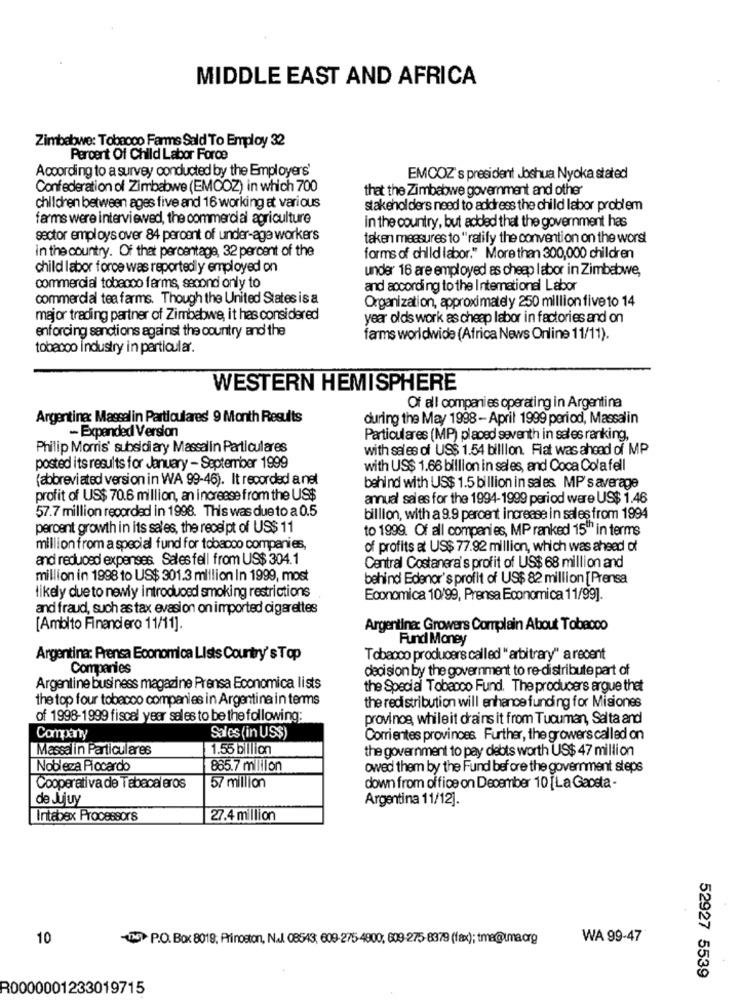
MIDDLE EAST AND AFRICA
Zimbabwe: Tobacco Farms Sald To Employ 32
Percent Of Child Labor Force
According to a survey conducted by the Employers'
EMCOZ's president Joshua Nyoka stated
Confederation of Zimbabwe (EMOOZ) in which 700
that the Zimbabwe government and other
children between ages five and 16 working at various
stakehol ders need to address the child labor problem
farms were interviewed, the commercial agriculture
in the country, but added that the government has
sector employs over 84 percent of under-age workers
taken measures to "ratify the convention on the worst
in the country. Of that percentage, 32 percent of the
forms of child labor." More than 300,000 children
child labor force was reportedly employed on
under 16 are employed as cheap labor in Zimbabwe,
commercial tobeooo farms, second only to
and according to the Intemationel Labor
commercial tea farms. Though the United States is a
Organization, approximately 250 million fiveto 14
major trading partner of Zimbabwe, it has considered
year olds work as cheap labor in factories and on
enforcing sanctions against the country and the
farms worldwide (Africa News Online 11/11).
tobacco Industry in particular.
WESTERN HEMISPHERE
Of all companies operating in Argentina
Argentine: Massalin Particulares 9 Month Results
during the May 1998- April 1999 period, Massalin
- Expanded Version
Particulares (MP) placed seventh in sales ranking,
Philip Morris' subsidi ary Massalin Particulares
with sales of US$ 1.54 billion. Flat was ahead of MP
posted its results for January - September 1999
with US$ 1.66 billion in sales, and Coca Colafell
(abbreviated version in WA 99-46). It recorded a net
behind with US$ 1.5 billion in sales. MP's average
profit of US$ 70.6 million, an increase from the US$
annual sales for the 1994-1999 period were US$ 1.46
57.7 million recorded in 1998. This was due to a 0.5
billion, with a 9.9 percent increase in sales from 1994
percent growth in its sales, the receipt of US$ 11
to 1999. Of all companies, MP ranked 15" in terms
million from a special fund for tobacco companies,
of profits at US$ 77.92 million, which was ahead of
and reduced expenses Sales fell from US$ 304.1
Central Costanera's profit of US$ 68 million and
million in 1998 to US$ 301.3 million In 1999, most
behind Edenor's profit of US$ 82 million [Prensa
likely due to newly introduced smoking restrictions
Economica 10/99, Prensa Economica 11/99].
and fraud, such as tax evasion on imported cigarettes
[Ambito Financiero 11/11].
Argentina Growers Complain About Tobacco
Fund Money
Argentina: Prensa Economica Lists Country's Top
Tobacco producers called "arbitrary" a recent
Companies
decision by the government to re-distribute part of
Argentine business magazine Prensa Economica lists
the Special Tobacco Fund. The producers argue that
the top four tobacco companies in Argentina in terms
the redistribution will enhance funding for Misiones
of 1998-1999 fiscal year sales to be the following:
province, while it drains it from Tucuman, Salta and
Company
Sales (in US$)
Corrientes provinces Further, the growers called on
Massalin Particulares
1.55 billion
the government to pay debts worth US$ 47 million
Nobleza Piccardo
885.7 million
owed them by the Fund before the government steps
Cooperativa de Tabacaleros
57 million
down from office on December 10 [La Gaceta -
de Jujuy
Argentina 11/12].
Intabex Processors
27.4 million
10
(MP.O. Box 8019; Prinoston, NA. 08543, 609-275-4800, 609-275-8379 (fax); tme@lma.org
WA 99-47
52927 5539
R0000001233019715